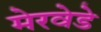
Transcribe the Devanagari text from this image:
मेरवेडे